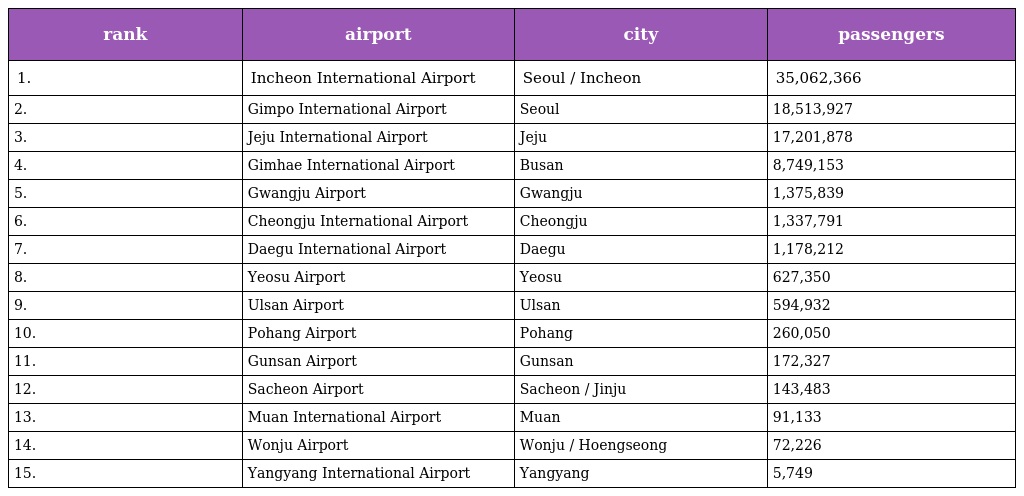
| rank | airport | city | passengers |
 | --- | --- | --- | --- |
 | 1. | Incheon International Airport | Seoul / Incheon | 35,062,366 |
 | 2. | Gimpo International Airport | Seoul | 18,513,927 |
 | 3. | Jeju International Airport | Jeju | 17,201,878 |
 | 4. | Gimhae International Airport | Busan | 8,749,153 |
 | 5. | Gwangju Airport | Gwangju | 1,375,839 |
 | 6. | Cheongju International Airport | Cheongju | 1,337,791 |
 | 7. | Daegu International Airport | Daegu | 1,178,212 |
 | 8. | Yeosu Airport | Yeosu | 627,350 |
 | 9. | Ulsan Airport | Ulsan | 594,932 |
 | 10. | Pohang Airport | Pohang | 260,050 |
 | 11. | Gunsan Airport | Gunsan | 172,327 |
 | 12. | Sacheon Airport | Sacheon / Jinju | 143,483 |
 | 13. | Muan International Airport | Muan | 91,133 |
 | 14. | Wonju Airport | Wonju / Hoengseong | 72,226 |
 | 15. | Yangyang International Airport | Yangyang | 5,749 |